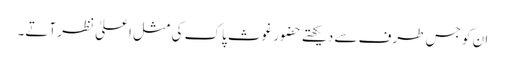
ان کو جس طرف سے دیکھتے حضور غوث پاک کی مثل اعلیٰ نظر آتے۔